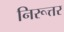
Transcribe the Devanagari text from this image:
निरूत्तर